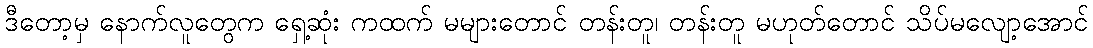
ဒီတော့မှ နောက်လူတွေက ရှေ့ဆုံး ကထက် မများတောင် တန်းတူ၊ တန်းတူ မဟုတ်တောင် သိပ်မလျော့အောင်